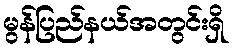
မွန်ပြည်နယ်အတွင်းရှိ